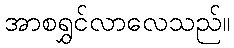
အာစရွှင်လာလေသည်။